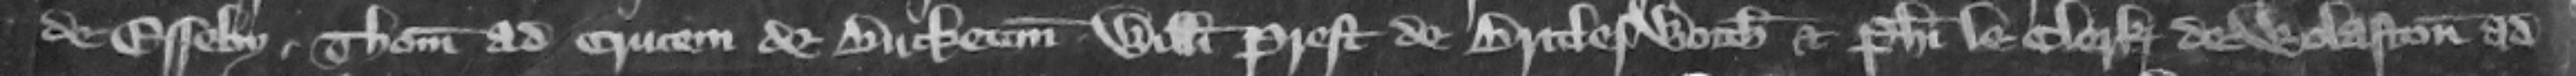
de Esseby. Thomae ad Crucem de Bucketon. Willelmi Prest de Briclesworth et Philippi le Clerk de Wolaston ad